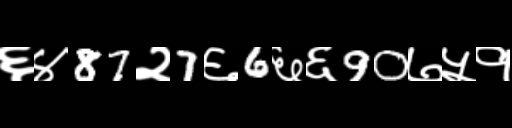
Text: ६४87२7६6६६90७५१